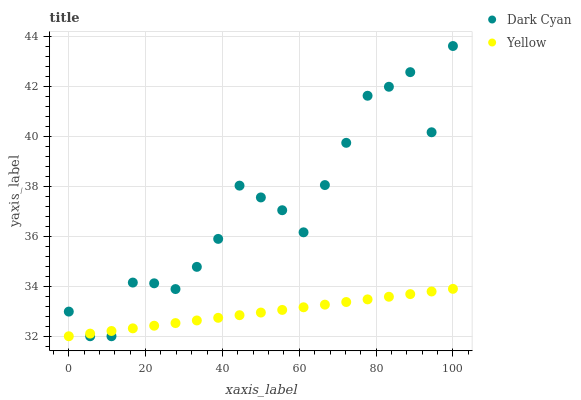
| xaxis_label | Dark Cyan | Yellow |
 | --- | --- | --- |
 | 0 | 33 | 32 |
 | 5.56 | 32 | 32.1 |
 | 11.1 | 32 | 32.2 |
 | 16.7 | 34.2 | 32.3 |
 | 22.2 | 34.1 | 32.4 |
 | 27.8 | 33.9 | 32.5 |
 | 33.3 | 34.8 | 32.6 |
 | 38.9 | 35.9 | 32.7 |
 | 44.4 | 38 | 32.8 |
 | 50 | 37.6 | 32.9 |
 | 55.6 | 37 | 33.1 |
 | 61.1 | 36.2 | 33.2 |
 | 66.7 | 38.1 | 33.3 |
 | 72.2 | 39.7 | 33.4 |
 | 77.8 | 41.6 | 33.5 |
 | 83.3 | 42 | 33.6 |
 | 88.9 | 42.6 | 33.7 |
 | 94.4 | 40.2 | 33.8 |
 | 100 | 43.6 | 33.9 |